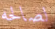
لصالحه